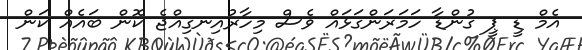
އެމް ޑީ ޕީ ގުންޑާ ހަމަރަންގަޅައް ވެސް މިހާރުއިނގިއްޖެ ކޮން ބައެއް ކަން